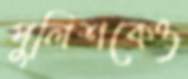
পুলিশকেও